Civil Veterinary Dept. North-West Frontier Province 1901-22 - 1901-1922
Year: 1901
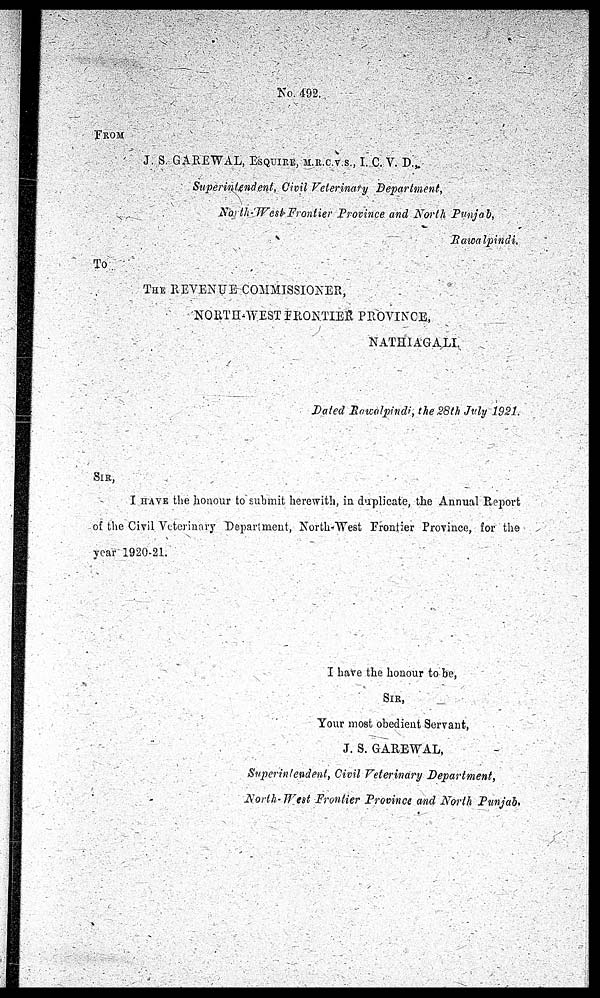
No. 492.
FROM
J. S. GAREWAL, ESQUIRE, M.R.C.V.S., I. C. V. D.
Superintendent, Civil Veterinary Department,
North West Frontier Province and North Punjab,
Rawalpindi.
To
THE REVENUE COMMISSIONER,
NORTH-WEST FRONTIER PROVINCE,
NATHIAGALI.
Dated Rawalpindi, the 28th July 1921.
SIR,
I HAVE the honour to submit herewith, in duplicate, the Annual Report
of the Civil Veterinary Department, North-West Frontier Province, for the
year 1920-21.
I have the honour to be,
SIR,
Your most obedient Servant,
J. S. GAREWAL,
Superintendent, Civil Veterinary Department,
North-West Frontier Province and North Punjab.